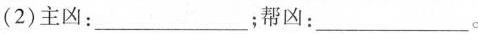
(2)主凶：___ ；帮凶：___。